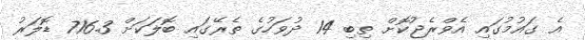
އެ ގައުމުގައި އެވްރެޖުކޮށް ތިބި 14 ދުވަހުގެ ތެރޭގައި ބޮލަކަށް 716.3 ޑޮލަރު